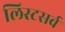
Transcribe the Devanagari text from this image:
लिस्टसर्व